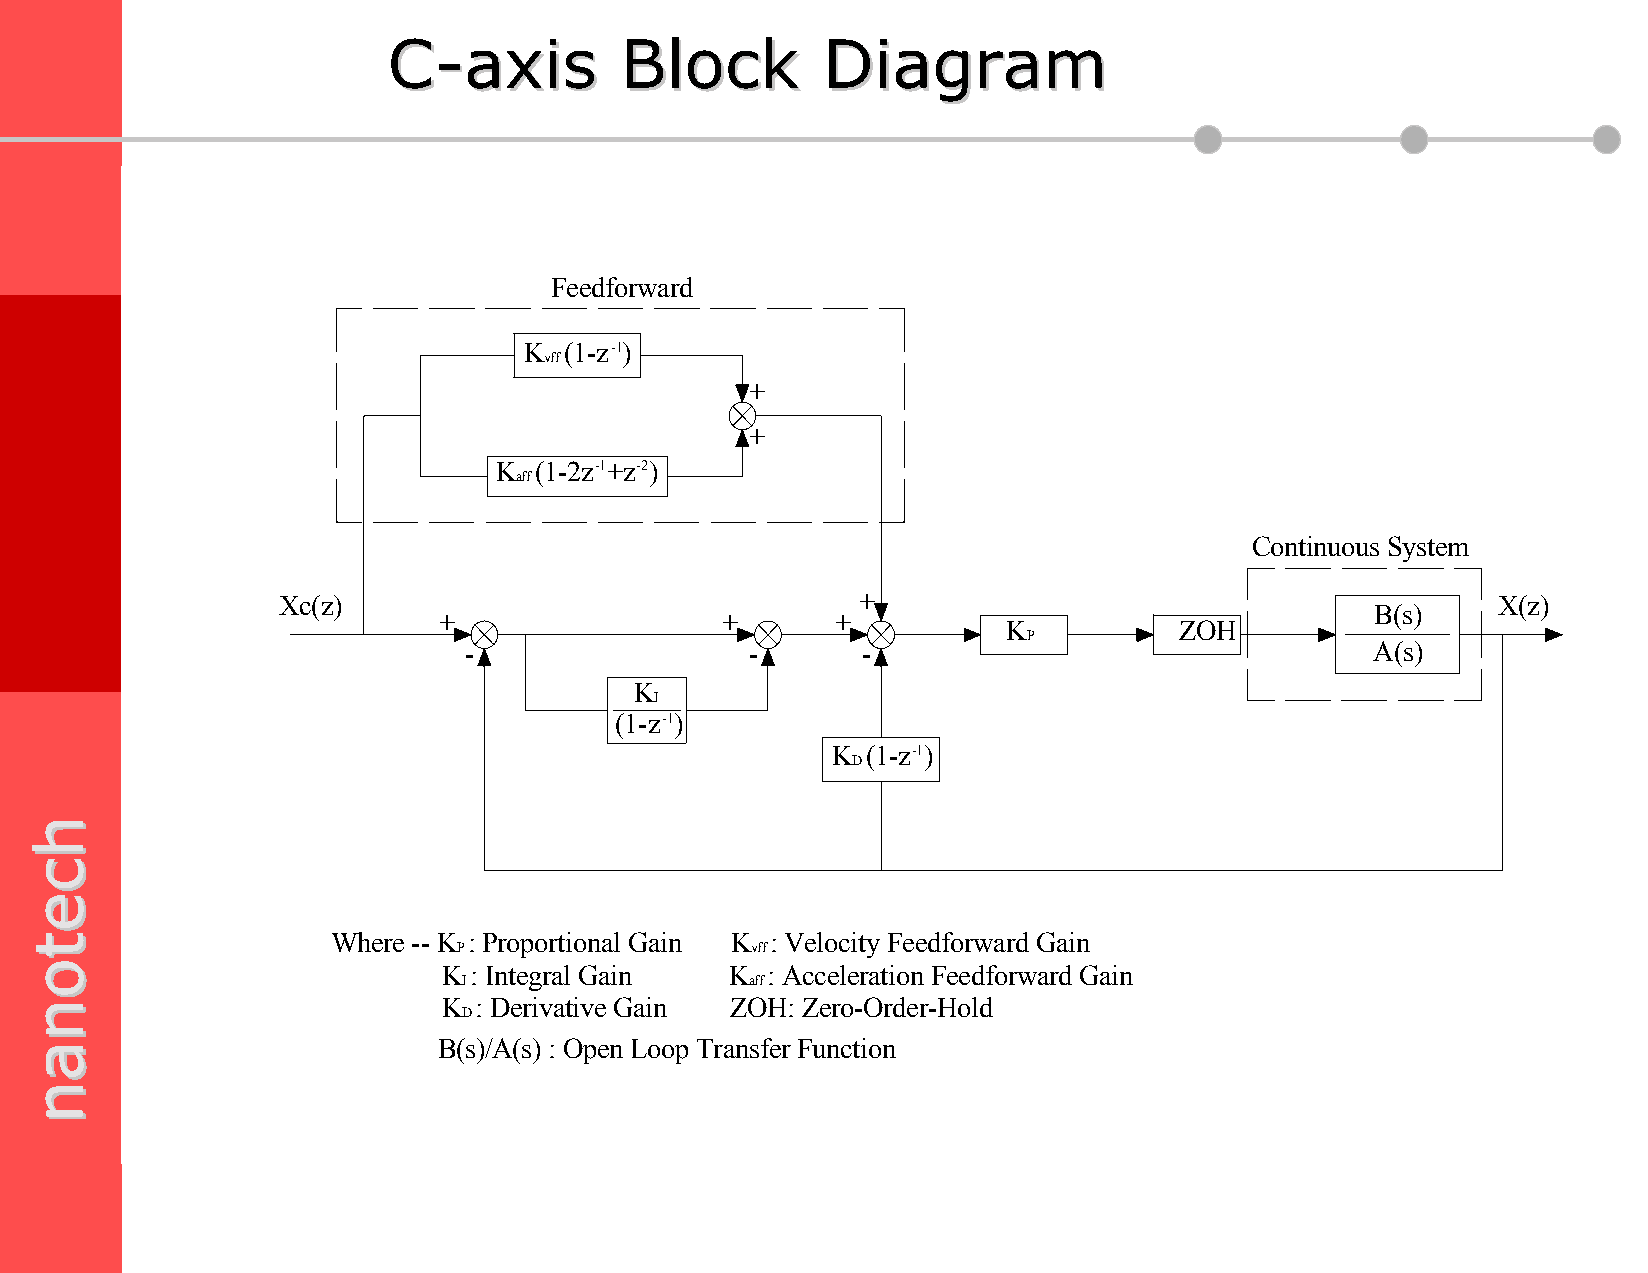
CC--aaxxiiss   BBlloocckk    DDiiaaggrraamm
 Feedforward
 K (1-z - 1)
 vff
 +
 +
 K  (1-2z -1 +z -2 )
 aff
 Continuous System
 Xc(z)                                 +                                         X(z)
 B(s)
 +                  +      +
 K          ZOH
 P
 -                  -      -                                 A(s)
 K
 I
 (1-z -1 )
 K (1-z -1 )
 D
 Where -- K : Proportional Gain K : Velocity Feedforward Gain
 P                   vff
 K : Integral Gain  K  : Acceleration Feedforward Gain
 I                  aff
 K  : Derivative Gain ZOH: Zero-Order-Hold
 D
 B(s)/A(s) : Open Loop Transfer Function
 hhcceettoonnaann